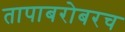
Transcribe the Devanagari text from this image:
तापाबरोबरच